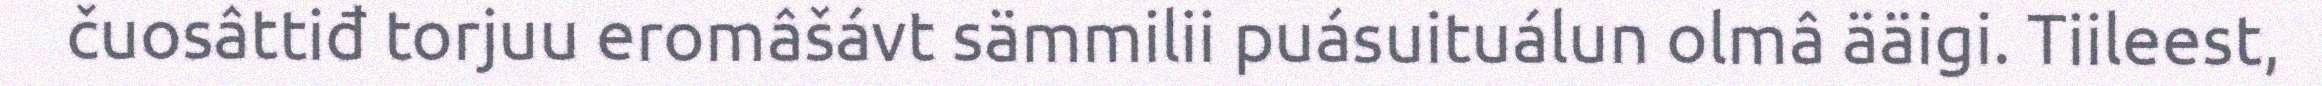
čuosâttiđ torjuu eromâšávt sämmilii puásuituálun olmâ ääigi. Tiileest,